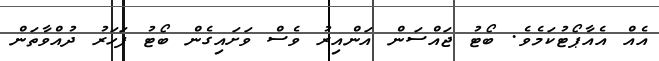
އެއް އެއާޕޯޓުކަމެވެ. ބޯޓު ޖައްސަން އަންއިރު ވެސް ވަށައިގެން ބޯޓު ފަަހަރު ދުއްވާތަން